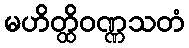
မဟိတ္ထိဝဏ္ဏသတံ